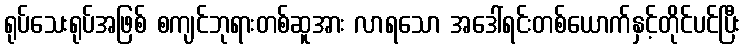
ရုပ်သေးရုပ်အဖြစ် စကျင်ဘုရားတစ်ဆူအား လာရသော အဒေါ်ရင်းတစ်ယောက်နှင့်တိုင်ပင်ပြီး